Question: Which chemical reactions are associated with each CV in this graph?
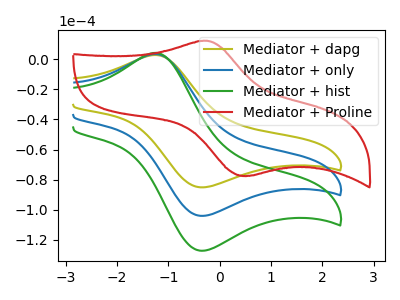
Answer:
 <answer>The olive curve is labeled "Mediator + dapg". The blue curve is labeled "Mediator + only". The green curve is labeled "Mediator + hist". The red curve is labeled "Mediator + Proline".</answer>
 <eval></eval>